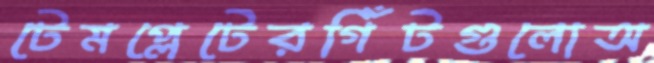
টেমপ্লেটেরগিঁটগুলোঅ